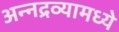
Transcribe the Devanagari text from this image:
अन्नद्रव्यामध्ये